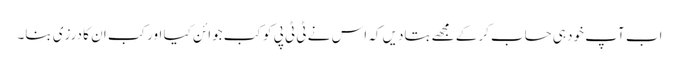
اب آپ خود ہی حساب کرکے مجھے بتادیں کہ اس نے ٹی ٹی پی کو کب جوائن کیا اور کب ان کا درزی بنا۔